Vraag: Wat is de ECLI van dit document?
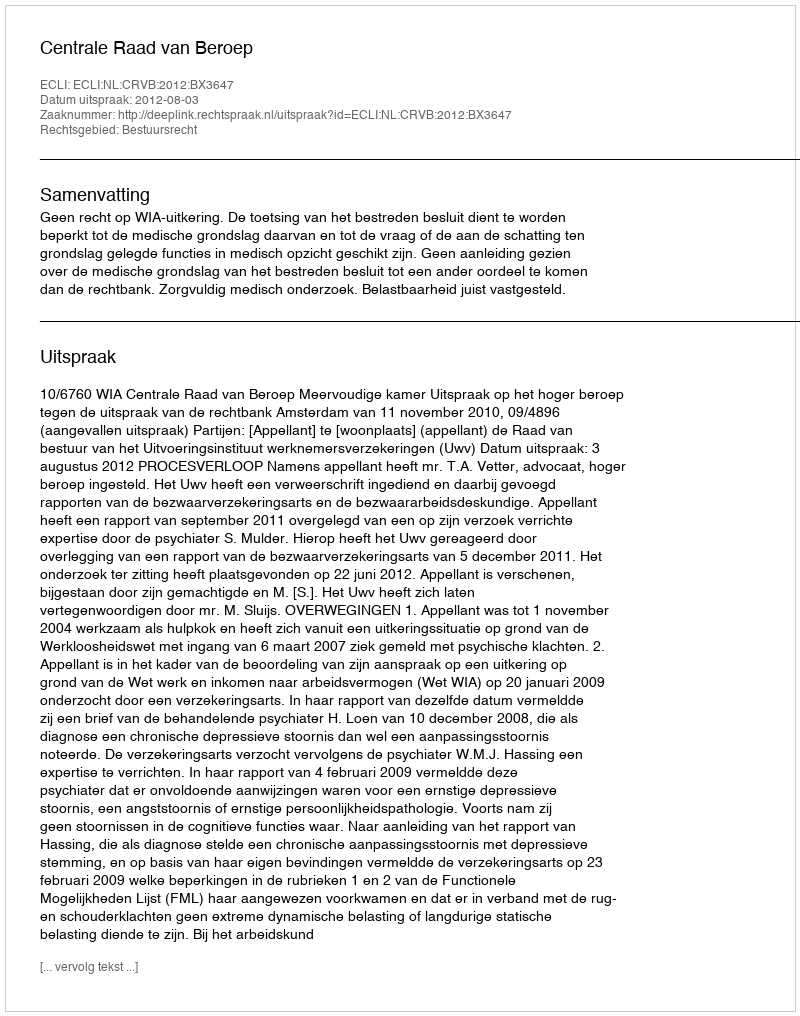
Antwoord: ECLI:NL:CRVB:2012:BX3647